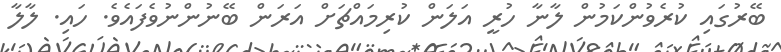
ބޭރުގައި ކުރެވުންކަމުން ލާނާ ހުރީ އަލަން ކުރިމައްޗަށް އަރަން ބޭނުންނުވެފައެވެ. ހައި. ލާލާ